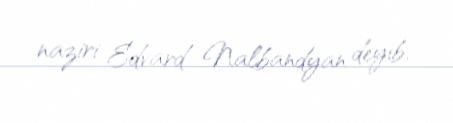
naziri Edvard Nalbandyan deyib.